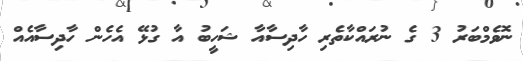
ނޮވެމްބަރު 3 ގެ ނުރައްކާތެރި ހާދިސާއާ ޝަހީބު އާ ގުޅޭ އެހެން ހާދިސާއެއް